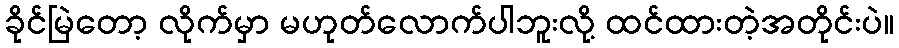
ခိုင်မြဲတော့ လိုက်မှာ မဟုတ်လောက်ပါဘူးလို့ ထင်ထားတဲ့အတိုင်းပဲ။